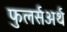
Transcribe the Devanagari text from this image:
फुलर्सअर्थ